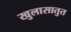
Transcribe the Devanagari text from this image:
खुलासातुत